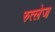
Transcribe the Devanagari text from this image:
रुत्लेज